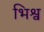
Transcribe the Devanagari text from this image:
भिश्व